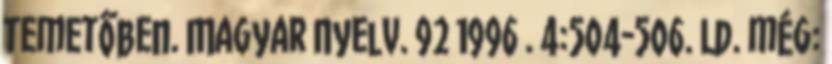
temetőben. Magyar Nyelv. 92 1996 . 4:504-506. Ld. még: